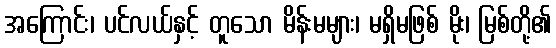
အကြောင်း၊ ပင်လယ်နှင့် တူသော မိန်းမများ၊ မရှိမဖြစ် မိုး၊ မြစ်တို့၏